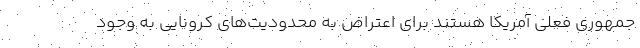
جمهوری فعلی آمریکا هستند برای اعتراض به محدودیت‌های کرونایی به وجود